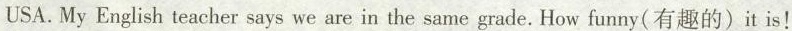
USA.My English teacher says we are in the same grade. How funny(有趣的)it is!